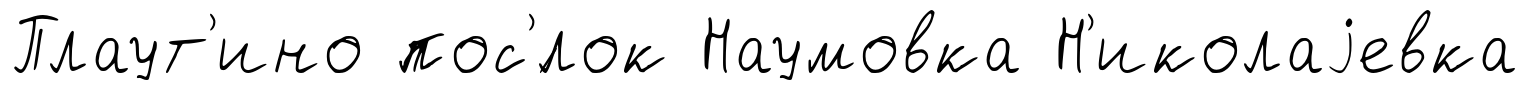
Плаут'ино пос'́лок Наумовка Н'иколаjевка